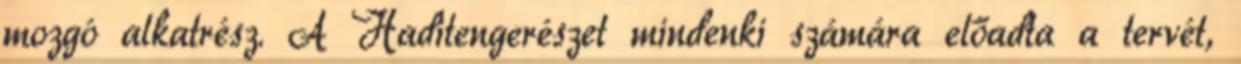
mozgó alkatrész. A Haditengerészet mindenki számára előadta a tervét,